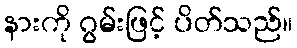
နားကို ဂွမ်းဖြင့် ပိတ်သည်။